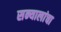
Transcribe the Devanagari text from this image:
सन्यालांचा